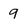
Character: 9